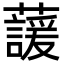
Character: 蘐